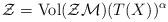
LaTeX: \begin{align*}{\cal {Z}}=\mbox{Vol}({\cal {ZM}})(T(X))^\alpha\end{align*}